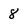
Character: 8